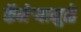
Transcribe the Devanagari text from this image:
कॅमेऱ्यामुळे